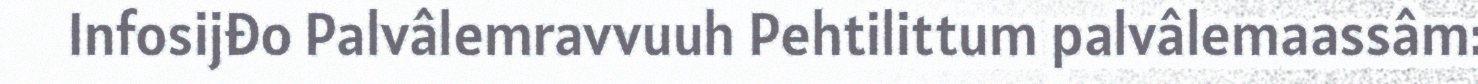
Infosijđo Palvâlemravvuuh Pehtilittum palvâlemaassâm: